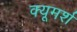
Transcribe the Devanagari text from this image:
क्यूमर्श